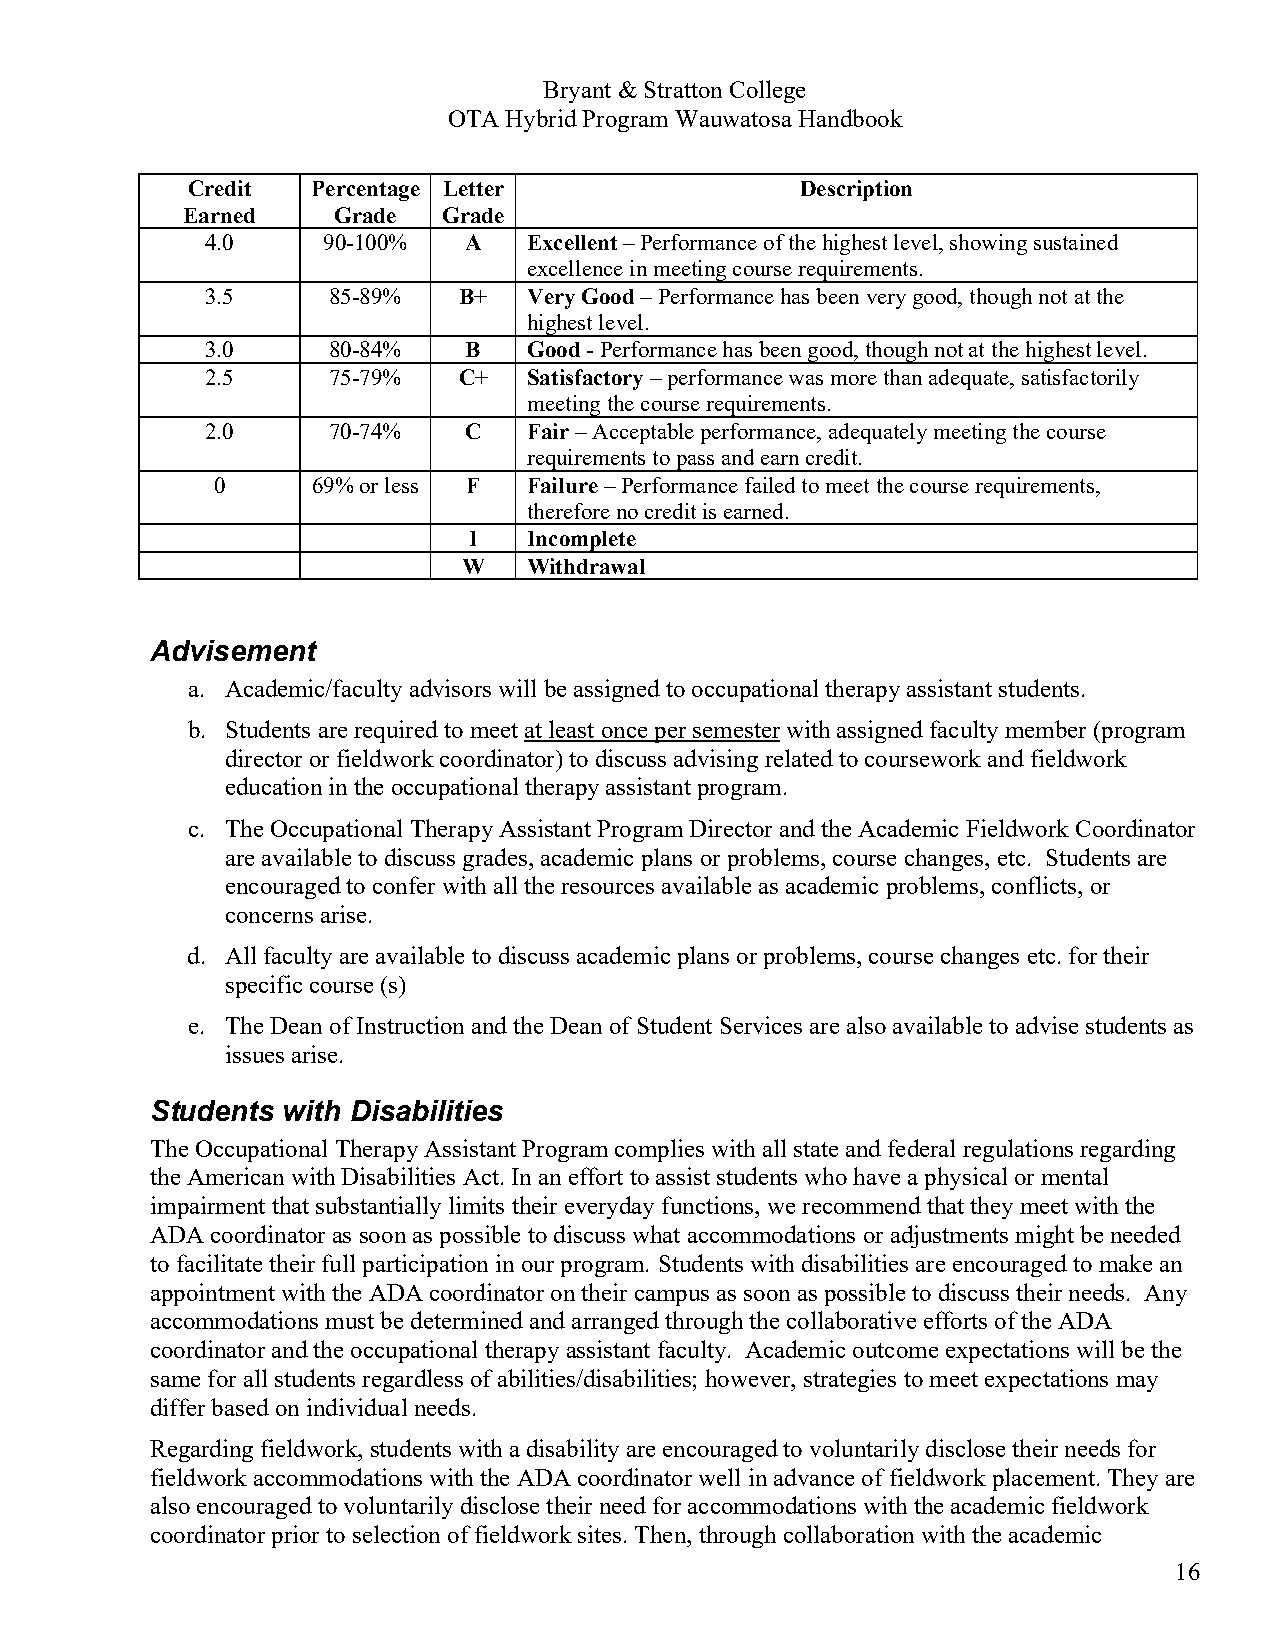
Bryant & Stratton College
 OTA Hybrid Program Wauwatosa Handbook
 Credit   Percentage Letter               Description
 Earned    Grade  Grade
 4.0    90-100%   A   Excellent – Performance of the highest level, showing sustained
 excellence in meeting course requirements.
 3.5     85-89%  B+   Very Good – Performance has been very good, though not at the
 highest level.
 3.0     80-84%   B   Good - Performance has been good, though not at the highest level.
 2.5     75-79%  C+   Satisfactory – performance was more than adequate, satisfactorily
 meeting the course requirements.
 2.0     70-74%   C   Fair – Acceptable performance, adequately meeting the course
 requirements to pass and earn credit.
 0      69% or less F Failure – Performance failed to meet the course requirements,
 therefore no credit is earned.
 I   Incomplete
 W   Withdrawal
 Advisement
 a. Academic/faculty advisors will be assigned to occupational therapy assistant students.
 b. Students are required to meet at least once per semester with assigned faculty member (program
 director or fieldwork coordinator) to discuss advising related to coursework and fieldwork
 education in the occupational therapy assistant program.
 c. The Occupational Therapy Assistant Program Director and the Academic Fieldwork Coordinator
 are available to discuss grades, academic plans or problems, course changes, etc. Students are
 encouraged to confer with all the resources available as academic problems, conflicts, or
 concerns arise.
 d. All faculty are available to discuss academic plans or problems, course changes etc. for their
 specific course (s)
 e. The Dean of Instruction and the Dean of Student Services are also available to advise students as
 issues arise.
 Students with Disabilities
 The Occupational Therapy Assistant Program complies with all state and federal regulations regarding
 the American with Disabilities Act. In an effort to assist students who have a physical or mental
 impairment that substantially limits their everyday functions, we recommend that they meet with the
 ADA coordinator as soon as possible to discuss what accommodations or adjustments might be needed
 to facilitate their full participation in our program. Students with disabilities are encouraged to make an
 appointment with the ADA coordinator on their campus as soon as possible to discuss their needs. Any
 accommodations must be determined and arranged through the collaborative efforts of the ADA
 coordinator and the occupational therapy assistant faculty. Academic outcome expectations will be the
 same for all students regardless of abilities/disabilities; however, strategies to meet expectations may
 differ based on individual needs.
 Regarding fieldwork, students with a disability are encouraged to voluntarily disclose their needs for
 fieldwork accommodations with the ADA coordinator well in advance of fieldwork placement. They are
 also encouraged to voluntarily disclose their need for accommodations with the academic fieldwork
 coordinator prior to selection of fieldwork sites. Then, through collaboration with the academic
 16